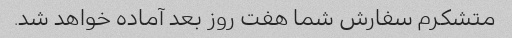
متشکرم سفارش شما هفت روز بعد آماده خواهد شد.